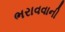
ભરાવવાની